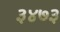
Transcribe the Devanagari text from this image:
३४७३